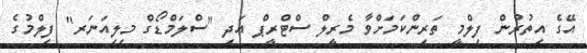
އޭގެ އިތުރުން ފިލްމީ ތަރިންކަމަށްވާ މެރީލް ސްޓްރީޕް އަދި "ސްލަމްޑޯގް މިލިއަނަރ" ފިލްމުގެ